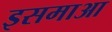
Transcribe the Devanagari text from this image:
इसमाआ